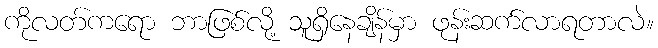
ကိုလတ်ကရော ဘာဖြစ်လို့ သူရှိနေချိန်မှာ ဖုန်းဆက်လာရတာလဲ။